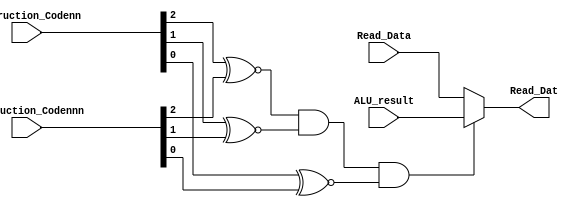
// FORWARDING UNIT FOR DATA HAZARD CORRECTION

module Forwarding_Unit(Instruction_Codenn,Instruction_Codennn,Read_Data,ALU_result,Read_Dat);

//Declare inputs
input [2:0] Instruction_Codenn;
input [2:0] Instruction_Codennn;
input [7:0] Read_Data;
input [7:0] ALU_result;

//Declare output from unit
output [7:0] Read_Dat;

//Declare intermediate signal
wire DH_Det;

assign DH_Det = (Instruction_Codenn[2] ~^Instruction_Codennn[2]) & (Instruction_Codenn[1] ~^Instruction_Codennn[1]) & (Instruction_Codenn[0] ~^Instruction_Codennn[0]);
assign Read_Dat = DH_Det ? ALU_result : Read_Data;

endmodule